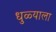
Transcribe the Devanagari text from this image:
धुळ्याला